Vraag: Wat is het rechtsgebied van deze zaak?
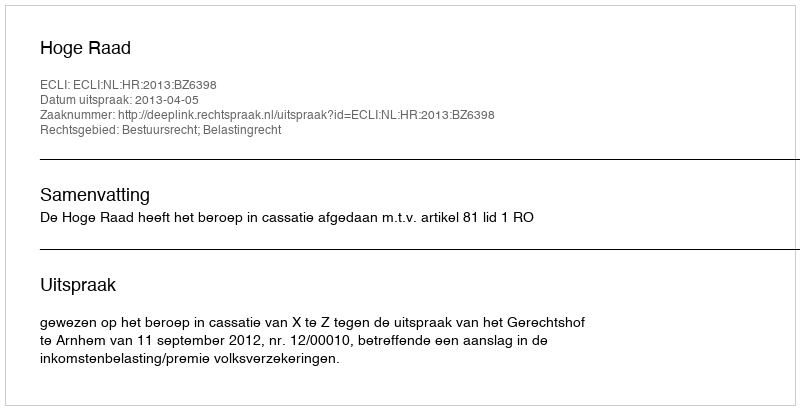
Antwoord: Bestuursrecht; Belastingrecht